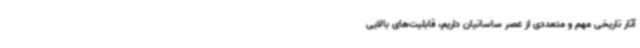
آثار تاریخی مهم و متعددی از عصر ساسانیان داریم، قابلیت‌های بالایی